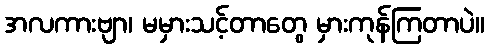
အလကားဗျာ၊ မမှားသင့်တာတွေ မှားကုန်ကြတာပဲ။